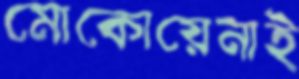
মোকোয়েনাই